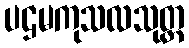
ပဌမကုသလသုတ္တ